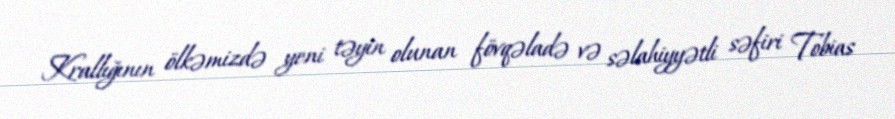
Krallığının ölkəmizdə yeni təyin olunan fövqəladə və səlahiyyətli səfiri Tobias